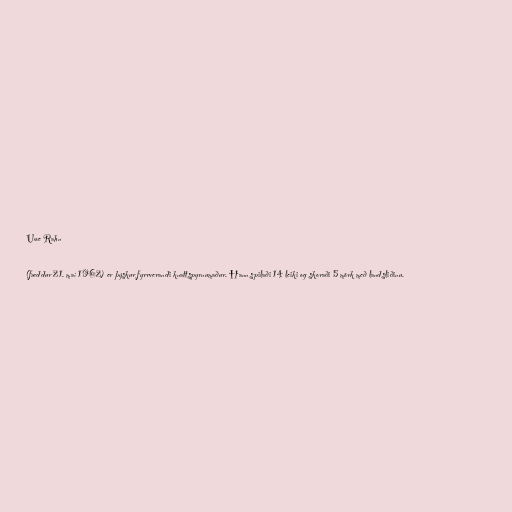
Uwe Rahn

(fæddur 21. maí 1962) er þýskur fyrrverandi knattspyrnumaður. Hann spilaði 14 leiki og skoraði 5 mörk með landsliðinu.